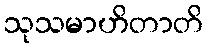
သုသမာဟိတာတိ